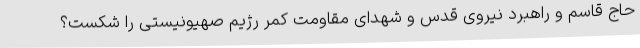
حاج قاسم و راهبرد نیروی قدس و شهدای مقاومت کمر رژیم صهیونیستی را شکست؟